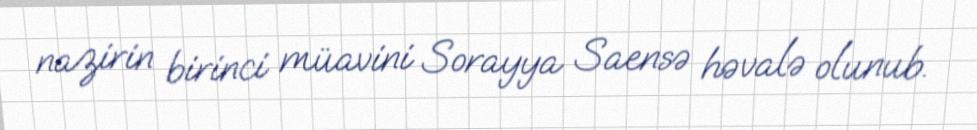
nazirin birinci müavini Sorayya Saensə həvalə olunub.